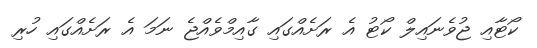
ކޯޓާއި ޖުވެނައިލް ކޯޓު އެ ރަށެއްގައި ގާއިމްވެއްޖެ ނަމަ އެ ރަށެއްގައި ހުރި